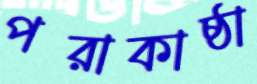
পরাকাষ্ঠা